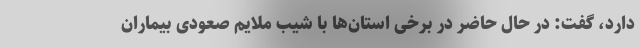
دارد، گفت: در حال حاضر در برخی استان‌ها با شیب ملایم صعودی بیماران